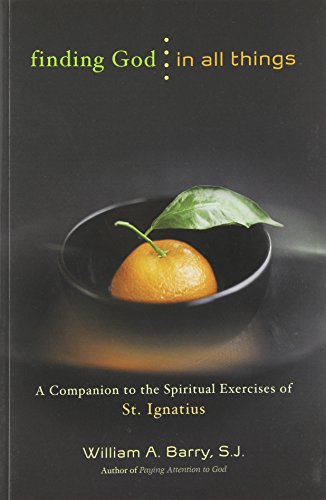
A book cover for Finding God in All Things: A Companion to the Spiritual Exercises of St. Ignatius; William A. Barry; Christian Books & Bibles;